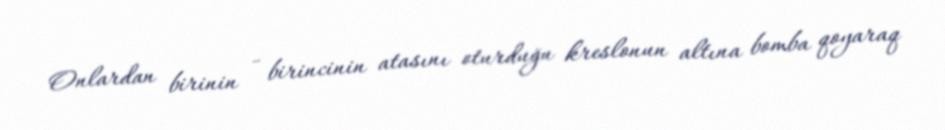
Onlardan birinin - birincinin atasını oturduğu kreslonun altına bomba qoyaraq